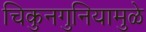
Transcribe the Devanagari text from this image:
चिकुनगुनियामुळे